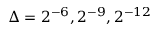
\Delta = 2 ^ { - 6 } , 2 ^ { - 9 } , 2 ^ { - 1 2 }